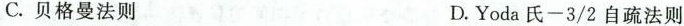
C.贝格曼法则 D.Yoda氏-3/2自疏法则